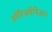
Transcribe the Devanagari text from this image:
ॲरिऑनिअन